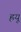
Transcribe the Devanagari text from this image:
ह्रयू